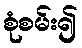
စုံစမ်း၍